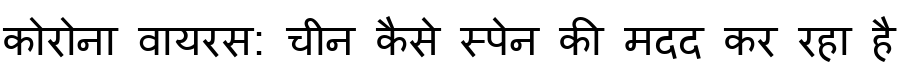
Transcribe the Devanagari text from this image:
कोरोना वायरस: चीन कैसे स्पेन की मदद कर रहा है